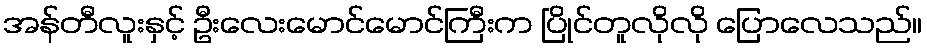
အန်တီလူးနှင့် ဦးလေးမောင်မောင်ကြီးက ပြိုင်တူလိုလို ပြောလေသည်။